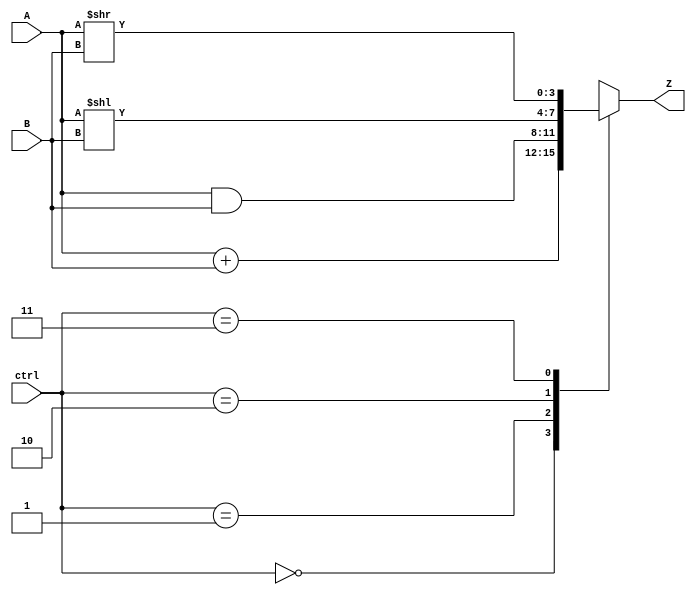
module ALU (input signed [3:0] A, B, input signed [1:0] ctrl, output signed [3:0] Z);



always@(*)

begin

  case(ctrl)

    2'b00: Z = A+B;  //  addition operation
    2'b01: Z = A&B;  //  Bitwise And Operation
    2'b10: Z = A<<B; //  Shift left logical operation
    'b11: Z = A>>B; //  Shift right logical operation

    default: Z='bXXXX;  // Default value 

  endcase

end
endmodule